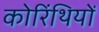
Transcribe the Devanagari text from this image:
कोरिंथियों